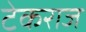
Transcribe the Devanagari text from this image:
टेकराज